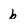
Character: b